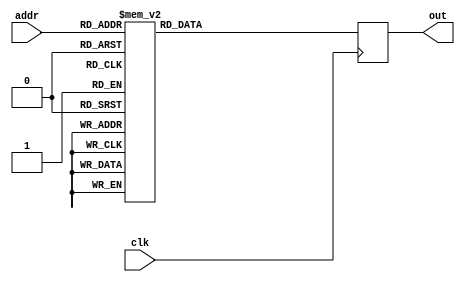
/*
 * Copyright 2012, Homer Hsing <homer.hsing@gmail.com>
 *
 * Licensed under the Apache License, Version 2.0 (the "License");
 * you may not use this file except in compliance with the License.
 * You may obtain a copy of the License at
 *
 * http://www.apache.org/licenses/LICENSE-2.0
 *
 * Unless required by applicable law or agreed to in writing, software
 * distributed under the License is distributed on an "AS IS" BASIS,
 * WITHOUT WARRANTIES OR CONDITIONS OF ANY KIND, either express or implied.
 * See the License for the specific language governing permissions and
 * limitations under the License.
 */

module rom (clk, addr, out);
   input clk;
   input [8:0] addr;
   output reg [25:0] out;
   
   always @(posedge clk)
      case (addr)
         0: out <= 26'h30c042;
         1: out <= 26'h514045;
         2: out <= 26'h61a041;
         3: out <= 26'h71e041;
         4: out <= 26'hc046;
         5: out <= 26'h1603840;
         6: out <= 26'h1702041;
         7: out <= 26'h1717857;
         8: out <= 26'h1817847;
         9: out <= 26'h1963847;
         10: out <= 26'hf5d059;
         11: out <= 26'hf3d045;
         12: out <= 26'h1763845;
         13: out <= 26'h185f840;
         14: out <= 26'h161f856;
         15: out <= 26'h1160056;
         16: out <= 26'h1144051;
         17: out <= 26'h1214045;
         18: out <= 26'h131f840;
         19: out <= 26'h135d053;
         20: out <= 26'h1404041;
         21: out <= 26'h151c047;
         22: out <= 26'h3e041;
         23: out <= 26'h1646041;
         24: out <= 26'h174a041;
         25: out <= 26'h184e041;
         26: out <= 26'h1952041;
         27: out <= 26'h1a56041;
         28: out <= 26'hf00057;
         29: out <= 26'hf3c059;
         30: out <= 26'h1158058;
         31: out <= 26'h114405a;
         32: out <= 26'h1144051;
         33: out <= 26'h125d059;
         34: out <= 26'h1369058;
         35: out <= 26'h1464041;
         36: out <= 26'h156805a;
         37: out <= 26'h61a081;
         38: out <= 26'h619042;
         39: out <= 26'h71e081;
         40: out <= 26'h71c047;
         41: out <= 26'hc046;
         42: out <= 26'h1600040;
         43: out <= 26'h1717847;
         44: out <= 26'h5b840;
         45: out <= 26'h1800056;
         46: out <= 26'h1901056;
         47: out <= 26'h1a3c054;
         48: out <= 26'h1b68052;
         49: out <= 26'h1c69052;
         50: out <= 26'h1d3d054;
         51: out <= 26'h1e75053;
         52: out <= 26'h1d74053;
         53: out <= 26'h1f44055;
         54: out <= 26'h207c053;
         55: out <= 26'h217d053;
         56: out <= 26'h225c056;
         57: out <= 26'h165d056;
         58: out <= 26'h2345055;
         59: out <= 26'h248c052;
         60: out <= 26'h238d052;
         61: out <= 26'h2560057;
         62: out <= 26'h266c060;
         63: out <= 26'h2700062;
         64: out <= 26'h2878064;
         65: out <= 26'h2964057;
         66: out <= 26'h2a70061;
         67: out <= 26'h2b00056;
         68: out <= 26'h2c74063;
         69: out <= 26'h186385b;
         70: out <= 26'h1b97866;
         71: out <= 26'h205f860;
         72: out <= 26'h1e0385e;
         73: out <= 26'h259f868;
         74: out <= 26'h228b864;
         75: out <= 26'h196785c;
         76: out <= 26'h1ca786a;
         77: out <= 26'h175f861;
         78: out <= 26'h385d;
         79: out <= 26'h1daf86c;
         80: out <= 26'h165b863;
         81: out <= 26'h2160065;
         82: out <= 26'h238005d;
         83: out <= 26'h2481057;
         84: out <= 26'h2665058;
         85: out <= 26'h175c060;
         86: out <= 26'h1789057;
         87: out <= 26'h175c056;
         88: out <= 26'h1864058;
         89: out <= 26'h186105e;
         90: out <= 26'h1861040;
         91: out <= 26'h198d061;
         92: out <= 26'h196505e;
         93: out <= 26'h1664056;
         94: out <= 26'h1984063;
         95: out <= 26'h196505b;
         96: out <= 26'h1964062;
         97: out <= 26'h64040;
         98: out <= 26'h1990066;
         99: out <= 26'h1e91066;
         100: out <= 26'h1e7805c;
         101: out <= 26'h1e7905b;
         102: out <= 26'h205c058;
         103: out <= 26'h175d058;
         104: out <= 26'h175c05c;
         105: out <= 26'h175c05b;
         106: out <= 26'h175d065;
         107: out <= 26'h175d05d;
         108: out <= 26'hf59052;
         109: out <= 26'h1101053;
         110: out <= 26'h65052;
         111: out <= 26'h1054;
         112: out <= 26'h1679053;
         113: out <= 26'h1659055;
         114: out <= 26'h148105a;
         115: out <= 26'h155d05f;
         116: out <= 26'h1201041;
         117: out <= 26'h1359041;
         118: out <= 26'h93e041;
         119: out <= 26'h3c052;
         120: out <= 26'h54;
         121: out <= 26'h163f84f;
         122: out <= 26'h173f852;
         123: out <= 26'h184b854;
         124: out <= 26'h1953854;
         125: out <= 26'h3840;
         126: out <= 26'h175c058;
         127: out <= 26'h1859058;
         128: out <= 26'h1965057;
         129: out <= 26'h57;
         130: out <= 26'h1056;
         131: out <= 26'h1644053;
         132: out <= 26'h1658055;
         133: out <= 26'h1747851;
         134: out <= 26'h1a47853;
         135: out <= 26'h1b4f855;
         136: out <= 26'h1c57855;
         137: out <= 26'h165b856;
         138: out <= 26'h1a6805b;
         139: out <= 26'h1b5d05b;
         140: out <= 26'h1c7105a;
         141: out <= 26'h165805a;
         142: out <= 26'h1659057;
         143: out <= 26'h173c052;
         144: out <= 26'h1a3c054;
         145: out <= 26'h1d48054;
         146: out <= 26'h1e44053;
         147: out <= 26'h1f44055;
         148: out <= 26'h204c055;
         149: out <= 26'h213f851;
         150: out <= 26'h224b853;
         151: out <= 26'h2353855;
         152: out <= 26'h175f85e;
         153: out <= 26'h1a6b85f;
         154: out <= 26'h1d77860;
         155: out <= 26'h1e85062;
         156: out <= 26'h1f79063;
         157: out <= 26'h1f7c05d;
         158: out <= 26'h175d05e;
         159: out <= 26'h175c05d;
         160: out <= 26'h1a6905e;
         161: out <= 26'h1d6105b;
         162: out <= 26'h1e6505c;
         163: out <= 26'h2001056;
         164: out <= 26'h186005b;
         165: out <= 26'h196405c;
         166: out <= 26'h56;
         167: out <= 26'h1660059;
         168: out <= 26'h1b61040;
         169: out <= 26'h1c65058;
         170: out <= 26'h210105c;
         171: out <= 26'h2263858;
         172: out <= 26'h2367859;
         173: out <= 26'h2403840;
         174: out <= 26'h1963859;
         175: out <= 26'h1863840;
         176: out <= 26'h3856;
         177: out <= 26'h168b85b;
         178: out <= 26'h1b8f85c;
         179: out <= 26'h1c93861;
         180: out <= 26'h165805b;
         181: out <= 26'h165805c;
         182: out <= 26'h1b58041;
         183: out <= 26'h1c6e041;
         184: out <= 26'h1b6f85c;
         185: out <= 26'h1c6e081;
         186: out <= 26'h1b6f85c;
         187: out <= 26'h1c6e101;
         188: out <= 26'h1b6f85c;
         189: out <= 26'h1c6e201;
         190: out <= 26'h1b6f85c;
         191: out <= 26'h1c6e401;
         192: out <= 26'h1b6f85c;
         193: out <= 26'h1c6e801;
         194: out <= 26'h1c6f85c;
         195: out <= 26'h1c72801;
         196: out <= 26'h1b6f85c;
         197: out <= 26'h1b6e041;
         198: out <= 26'h166f856;
         199: out <= 26'h166f856;
         200: out <= 26'h1b8d064;
         201: out <= 26'h1c8905b;
         202: out <= 26'h71040;
         203: out <= 26'h1991059;
         204: out <= 26'h186d058;
         205: out <= 26'h5b840;
         206: out <= 26'h195b859;
         207: out <= 26'h165b858;
         208: out <= 26'h187405e;
         209: out <= 26'h1b74060;
         210: out <= 26'h1c78060;
         211: out <= 26'h2100059;
         212: out <= 26'h2200056;
         213: out <= 26'h2364056;
         214: out <= 26'h1d77840;
         215: out <= 26'h1e7b859;
         216: out <= 26'h2083856;
         217: out <= 26'h1863861;
         218: out <= 26'h1b6f862;
         219: out <= 26'h1c73863;
         220: out <= 26'h1d7505e;
         221: out <= 26'h1e75060;
         222: out <= 26'h1e7805c;
         223: out <= 26'h186105d;
         224: out <= 26'h186005c;
         225: out <= 26'h1b6d05d;
         226: out <= 26'h1c7c057;
         227: out <= 26'h1d7c05a;
         228: out <= 26'h205c05a;
         229: out <= 26'h2100059;
         230: out <= 26'h2200056;
         231: out <= 26'h2364056;
         232: out <= 26'h7f840;
         233: out <= 26'h175f859;
         234: out <= 26'h166b856;
         235: out <= 26'h1973861;
         236: out <= 26'h1a77862;
         237: out <= 26'h1c83863;
         238: out <= 26'h1057;
         239: out <= 26'h1601056;
         240: out <= 26'h165805c;
         241: out <= 26'h1765040;
         242: out <= 26'h175c05c;
         243: out <= 26'h69040;
         244: out <= 26'h1978056;
         245: out <= 26'h1a60057;
         246: out <= 26'h1c6d040;
         247: out <= 26'h1d7b85b;
         248: out <= 26'h1f5b840;
         249: out <= 26'h1b6385b;
         250: out <= 26'h5f840;
         251: out <= 26'h206785c;
         252: out <= 26'h165b858;
         253: out <= 26'h177b857;
         254: out <= 26'h186785a;
         255: out <= 26'h196b85c;
         256: out <= 26'h1a58057;
         257: out <= 26'h1869058;
         258: out <= 26'h1a6c040;
         259: out <= 26'h1a6805a;
         260: out <= 26'h105b;
         261: out <= 26'h1b7d05d;
         262: out <= 26'h1b6c060;
         263: out <= 26'h1c0805d;
         264: out <= 26'h1c7005f;
         265: out <= 26'h1c7005a;
         266: out <= 26'h1659057;
         267: out <= 26'h165805b;
         268: out <= 26'h1769058;
         269: out <= 26'h1d64040;
         270: out <= 26'h1b7505b;
         271: out <= 26'h1860058;
         272: out <= 26'h186105a;
         273: out <= 26'h64040;
         274: out <= 26'h1972041;
         275: out <= 26'h1a5a041;
         276: out <= 26'h1d5e041;
         277: out <= 26'h1e6e041;
         278: out <= 26'h1f62041;
         279: out <= 26'h2002041;
         280: out <= 26'h196405d;
         281: out <= 26'h196405f;
         282: out <= 26'h1a6805a;
         283: out <= 26'h1a6905e;
         284: out <= 26'h1a69060;
         285: out <= 26'h1d7505f;
         286: out <= 26'h1e8105e;
         287: out <= 26'h2080060;
         288: out <= 26'h1966041;
         289: out <= 26'h1a6a041;
         290: out <= 26'h1d76041;
         291: out <= 26'h1e7a041;
         292: out <= 26'h1f7e041;
         293: out <= 26'h2082041;
         294: out <= 26'h196405d;
         295: out <= 26'h196405f;
         296: out <= 26'h1a6805a;
         297: out <= 26'h1a6905e;
         298: out <= 26'h1a69060;
         299: out <= 26'h1d7505f;
         300: out <= 26'h1e8105e;
         301: out <= 26'h2080060;
         302: out <= 26'h2170056;
         303: out <= 26'h225c05b;
         304: out <= 26'h2361040;
         305: out <= 26'h2473858;
         306: out <= 26'h255b840;
         307: out <= 26'h185f858;
         308: out <= 26'h6f840;
         309: out <= 26'h2687863;
         310: out <= 26'h165b857;
         311: out <= 26'h177385b;
         312: out <= 26'h1b87862;
         313: out <= 26'h1c8b863;
         314: out <= 26'h2158057;
         315: out <= 26'h1b8505b;
         316: out <= 26'h2160040;
         317: out <= 26'h2184061;
         318: out <= 26'h1058;
         319: out <= 26'h1895064;
         320: out <= 26'h1860066;
         321: out <= 26'h2208064;
         322: out <= 26'h2288065;
         323: out <= 26'h2288061;
         324: out <= 26'h1659057;
         325: out <= 26'h1658058;
         326: out <= 26'h178505b;
         327: out <= 26'h2370040;
         328: out <= 26'h188d058;
         329: out <= 26'h1b6c05b;
         330: out <= 26'h1b6d061;
         331: out <= 26'h70040;
         332: out <= 26'h1a6805a;
         333: out <= 26'h1c7805e;
         334: out <= 26'h1e80060;
         335: out <= 26'h206405f;
         336: out <= 26'h218005d;
         337: out <= 26'h208105d;
         338: out <= 26'h238805b;
         339: out <= 26'h248c057;
         340: out <= 26'h238d057;
         341: out <= 26'h196505f;
         342: out <= 26'h256505c;
         343: out <= 26'h196405c;
         344: out <= 26'h228905b;
         345: out <= 26'h2689058;
         346: out <= 26'h2288058;
         347: out <= 26'h276805e;
         348: out <= 26'h289c05c;
         349: out <= 26'h1c9d05c;
         350: out <= 26'h2758040;
         351: out <= 26'h299c058;
         352: out <= 26'h189d058;
         353: out <= 26'h1a6905e;
         354: out <= 26'h276805d;
         355: out <= 26'h1a6905d;
         356: out <= 26'h1659040;
         357: out <= 26'h1d58057;
         358: out <= 26'h1659057;
         359: out <= 26'h1784068;
         360: out <= 26'h2a90069;
         361: out <= 26'h2b94067;
         362: out <= 26'h2c9805d;
         363: out <= 26'h2d8005c;
         364: out <= 26'h2e8c058;
         365: out <= 26'h2f6405a;
         366: out <= 26'h3088056;
         367: out <= 26'h317c05e;
         368: out <= 26'h326c040;
         369: out <= 26'h2187864;
         370: out <= 26'h175f86a;
         371: out <= 26'h24a3869;
         372: out <= 26'h2597866;
         373: out <= 26'h26af86c;
         374: out <= 26'h1d9f85d;
         375: out <= 26'h2083863;
         376: out <= 26'h23b786e;
         377: out <= 26'h1873858;
         378: out <= 26'h1967862;
         379: out <= 26'h1cbf870;
         380: out <= 26'h166b856;
         381: out <= 26'h1a7f85b;
         382: out <= 26'h1bc7872;
         383: out <= 26'h7b840;
         384: out <= 26'h1e84066;
         385: out <= 26'h1e7805a;
         386: out <= 26'h1f9005c;
         387: out <= 26'h1f7c040;
         388: out <= 26'h1a8005a;
         389: out <= 26'h60040;
         390: out <= 26'h40;
         391: out <= 26'h188c05b;
         392: out <= 26'h2000064;
         393: out <= 26'h2269061;
         394: out <= 26'h1064;
         395: out <= 26'h5d;
         396: out <= 26'h56;
         397: out <= 26'h1a68061;
         398: out <= 26'h1a69065;
         399: out <= 26'h1a69059;
         400: out <= 26'h97d05e;
         401: out <= 26'h925065;
         402: out <= 26'h924056;
         403: out <= 26'ha7805f;
         404: out <= 26'ha29057;
         405: out <= 26'ha2805d;
         406: out <= 26'ha28059;
         407: out <= 26'ha2905b;
         408: out <= 26'hb80062;
         409: out <= 26'hc81062;
         410: out <= 26'hc30058;
         411: out <= 26'hc31057;
         412: out <= 26'hd0005a;
         413: out <= 26'he0105a;
         414: out <= 26'he38058;
         415: out <= 26'he38057;
         416: out <= 26'he39066;
         417: out <= 26'he3905c;
         default: out <= 0;
      endcase
endmodule